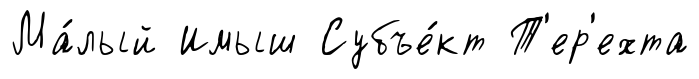
Ма́лый Имыш Субъе́кт Т'ер'ехта